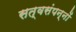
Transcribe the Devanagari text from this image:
सत्वसंपन्नों